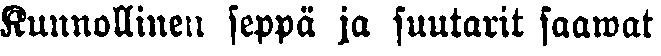
Kunnollinen seppä ja suutarit saawat